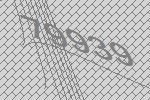
79939